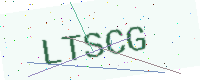
Text: LTSCG